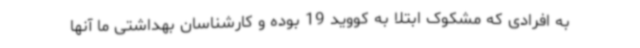
به افرادی که مشکوک ابتلا به کووید 19 بوده و کارشناسان بهداشتی ما آنها